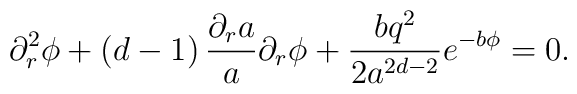
\partial _{r}^{2}\phi +\left( d-1\right) \frac{\partial _{r}a}{a}\partial_{r}\phi +\frac{bq^{2}}{2a^{2d-2}}e^{-b\phi }=0.